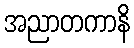
အညာတကာနိ